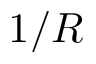
1 / R